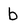
Character: b